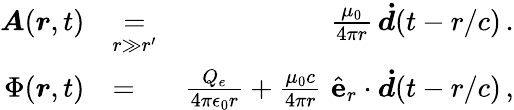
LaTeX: \begin{array}{rlr}{\boldsymbol{A}(\boldsymbol{r},t)}&{\underset{r\gg r^{\prime}}{=}}&{\frac{\mu_{0}}{4\pi r}\, \boldsymbol{\dot{d}}(t-r/c)\, .}\\ {\Phi(\boldsymbol{r},t)}&{=}&{\frac{Q_{e}}{4\pi\epsilon_{0}r}+\frac{\mu_{0}c}{4\pi r}\, \, \hat{\mathrm{\textbf{e}}}_{r}\cdot\boldsymbol{\dot{d}}(t-r/c)\, ,}\end{array}